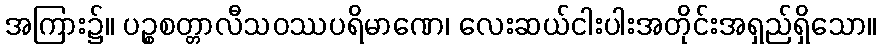
အကြား၌။ ပဉ္စစတ္တာလီသဝဿပရိမာဏေ၊ လေးဆယ်ငါးပါးအတိုင်းအရှည်ရှိသော။